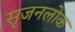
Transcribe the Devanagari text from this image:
सृजनलोक